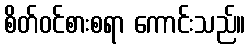
စိတ်ဝင်စားစရာ ကောင်းသည်။